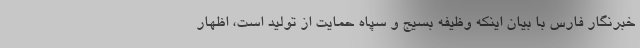
خبرنگار فارس با بیان اینکه وظیفه بسیج و سپاه حمایت از تولید است، اظهار